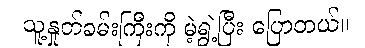
သူ့နှုတ်ခမ်းကြီးကို မဲ့ရွဲ့ပြီး ပြောတယ်။